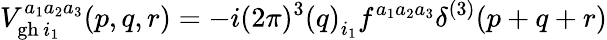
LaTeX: V_{\mathrm{gh\thinspace}i_{1}}^{a_{1}a_{2}a_{3}}(p,q,r)=-i(2\pi)^{3}\left(q\right)_{i_{1}}f^{a_{1}a_{2}a_{3}}\delta^{(3)}(p+q+r)